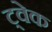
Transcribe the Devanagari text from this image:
ट्वेक